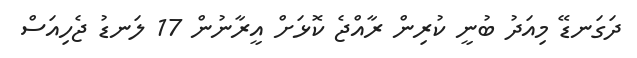
ދަގަނޑޭ މިއަދު ބުނީ ކުރިން ރާއްޖެ ކޮޅަށް އީރާނުން 17 ލަނޑު ޖެހިއަސް